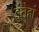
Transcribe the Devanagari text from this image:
इंतेहां